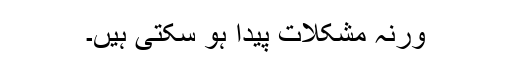
ورنہ مشکلات پیدا ہو سکتی ہیں۔